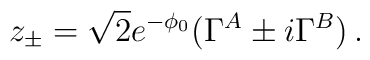
z_{\pm}=\sqrt{2}e^{-\phi_{0}}(\Gamma^{A}\pm i\Gamma^{B})\, .